Scottish Leaving Certificate Examination, 1955
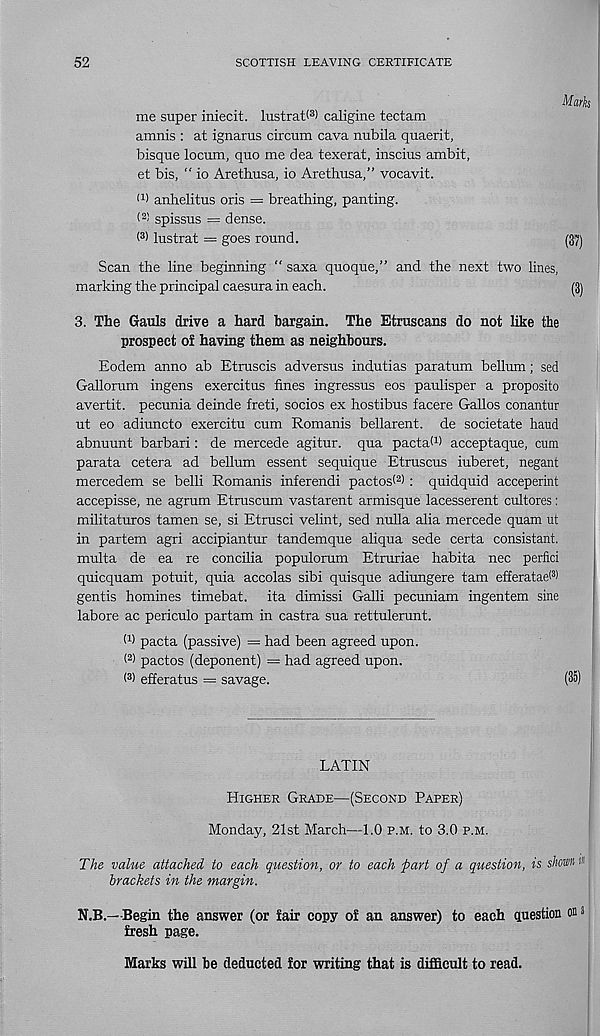
52
SCOTTISH LEAVING CERTIFICATE
Mark
me super iniecit. lustrat^3) caligine tectam
amnis : at ignarus circum cava nubila quaerit,
bisque locum, quo me dea texerat, inscius ambit,
et bis, “ io Arethusa, io Arethusa,” vocavit.
(1 > anhelitus oris = breathing, panting.
< 2 > spissus = dense.
< 3 > lustrat — goes round.
(3?)
Scan the line beginning “ saxa quoque,” and the next two lines,
marking the principal caesura in each.
(3)
3. The Gauls drive a hard bargain. The Etruscans do not like the
prospect of having them as neighbours.
Eodem anno ab Etruscis adversus indutias paratum bellum; sed
Gallorum ingens exercitus fines ingressus eos paulisper a proposito
avertit. pecunia deinde freti, socios ex hostibus facere Gallos conantur
ut eo adiuncto exercitu cum Romanis bellarent. de societate hand
abnuunt barbari: de mercede agitur. qua pactah) acceptaque, cum
parata cetera ad bellum essent sequique Etruscus iuberet, negant
mercedem se belli Romanis inferendi pactos< 2 ) : quidquid acceperint
accepisse, ne agrum Etruscum vastarent armisque lacesserent cultores:
militaturos tamen se, si Etrusci velint, sed nulla alia mercede quam ut
in partem agri accipiuntur tandemque aliqua sede certa consistant.
multa de ea re concilia populorum Etruriae habita nec perfici
quicquam potuit, quia accolas sibi quisque adiungere tam efferatae( 3 >
gentis homines timebat. ita dimissi Galli pecuniam ingentem sine
labore ac periculo partam in castra sua rettulerunt.
W pacta (passive) = had been agreed upon.
< 2 > pactos (deponent) = had agreed upon.
( 3 ) efferatus = savage.
(35)
LATIN
Higher Grade—(Second Paper)
Monday, 21st March—1.0 p.m. to 3.0 p.m.
The value attached to each question, or to each part of a question, is shown w
brackets in the margin.
N.B.—Begin the answer (or fair copy of an answer) to each question on a
fresh page.
Marks will be deducted for writing that is difficult to read.